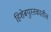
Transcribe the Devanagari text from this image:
हिशेबपुस्तकातील